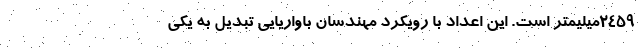
2459میلیمتر است. این اعداد با رویکرد مهندسان باواریایی تبدیل به یکی